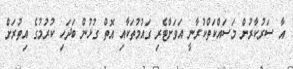
އާ ސަރުކާރުން މަސައްކަތްކުރާނީ އަވަށްޓެރި ގައުމުތަކާއި އޮތް ގުޅުން ބަދަހި ކުރުމުގެ އިތުރަށް